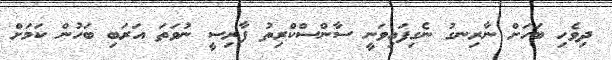
ދިވެހި ބަހަށް ނާރިނގު ނެގިފައިވަނީ ސާންސްކްރިތު ފާރިސީ ނުވަތަ އަރަބި ބަހުން ކަމަށް